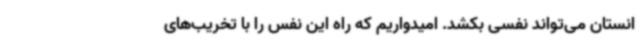
انستان می‌تواند نفسی بکشد. امیدواریم که راه این نفس را با تخریب‌های